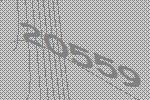
20559